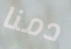
دمنا